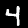
Label: 4